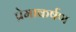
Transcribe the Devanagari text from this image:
प्रेमाकर्षण